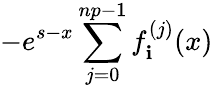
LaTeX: -e^{s-x}\sum_{j=0}^{np-1}f_{\mathbf{i}}^{(j)}(x)